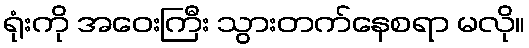
ရုံးကို အဝေးကြီး သွားတက်နေစရာ မလို။